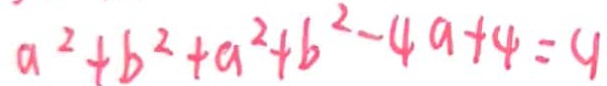
a ^ { 2 } + b ^ { 2 } + a ^ { 2 } + b ^ { 2 } - 4 a + 4 = 9